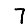
Digit: 7